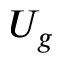
U _ { g }